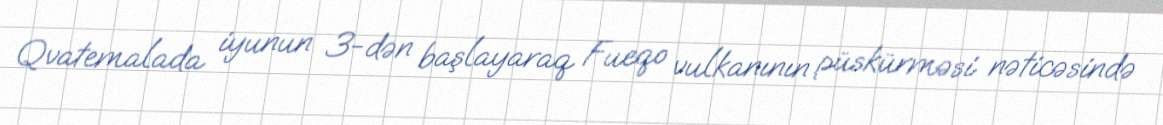
Qvatemalada iyunun 3-dən başlayaraq Fueqo vulkanının püskürməsi nəticəsində